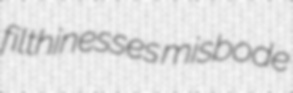
filthinesses misbode